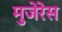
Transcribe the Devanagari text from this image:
मुजेरेस